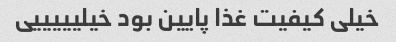
خیلی کیفیت غذا پایین بود خیلیییییی